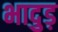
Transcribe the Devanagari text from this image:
भादुड़